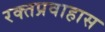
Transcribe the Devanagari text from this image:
रक्तप्रवाहास